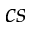
c s